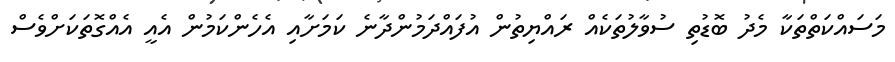
މަސައްކަތްތަކާ މެދު ބޮޑުތި ސުވާލުތަކެއް ރައްޔިތުން އުފައްދަމުންދާނެ ކަމަށާއި އެހެންކަމުން އެއީ އެއްގޮތަކަށްވެސް